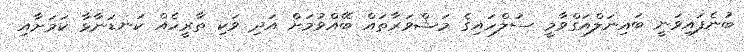
ބުނެފައިވަނީ ބައިނަލްއަގްވާމީ ސުލްހައިގެ މަޝްވަރާތައް ބޭއްވުމަށް އަދި ވަކި ތާރީހެއް ކަނޑަނާޅާ ކަމަށާއި